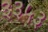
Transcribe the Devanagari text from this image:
३३५३